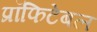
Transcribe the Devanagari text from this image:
प्रॉफिटेबल